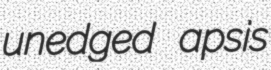
unedged apsis